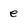
Character: e